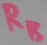
Text: RB